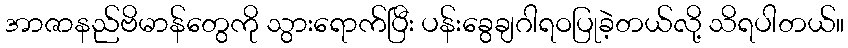
အာဇာနည်ဗိမာန်တွေကို သွားရောက်ပြီး ပန်းခွေချဂါရဝပြုခဲ့တယ်လို့ သိရပါတယ်။